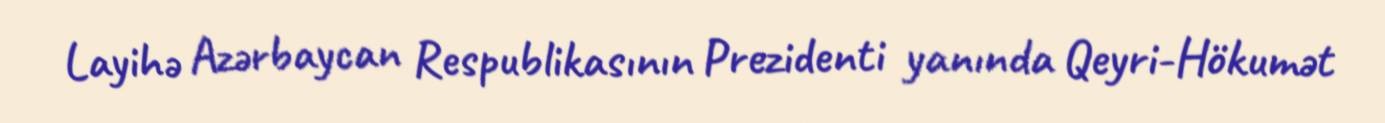
Layihə Azərbaycan Respublikasının Prezidenti yanında Qeyri-Hökumət